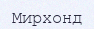
Мирхонд